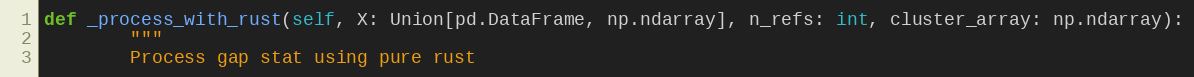
Language: Python
def _process_with_rust(self, X: Union[pd.DataFrame, np.ndarray], n_refs: int, cluster_array: np.ndarray):
        """
        Process gap stat using pure rust